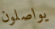
يواصلون